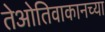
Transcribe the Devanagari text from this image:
तेओतिवाकानच्या